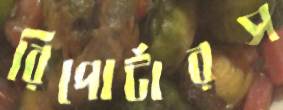
রিপোর্টারস